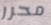
محرر